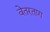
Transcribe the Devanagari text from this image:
वेतरताग